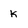
Character: K